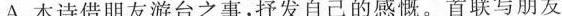
A. 本诗借朋友游台之事，抒发自己的感慨。首联写朋友